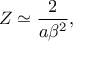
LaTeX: Z \simeq \frac { 2 } { a \beta ^ { 2 } } ,